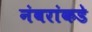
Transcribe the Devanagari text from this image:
नंबरांकडे